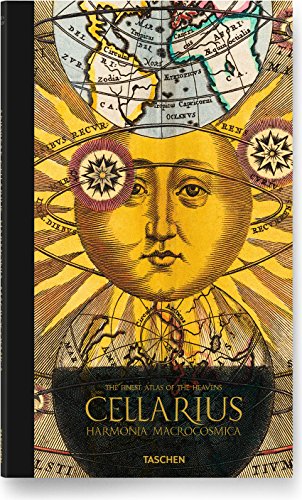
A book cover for Andreas Cellarius: Harmonia Macrocosmica; Robert Van Gent; Crafts, Hobbies & Home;